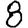
Digit: 8